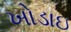
ખોડાઇ